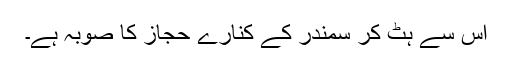
اس سے ہٹ کر سمندر کے کنارے حجاز کا صوبہ ہے۔